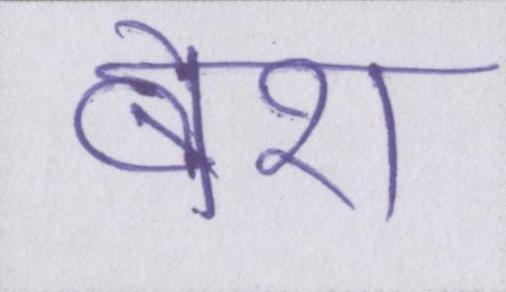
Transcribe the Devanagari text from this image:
बेश